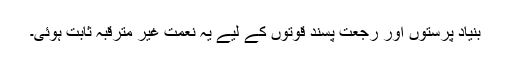
بنیاد پرستوں اور رجعت پسند قوتوں کے لیے یہ نعمت غیر مترقبہ ثابت ہوئی۔